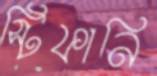
স্টিফানি